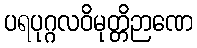
ပရပုဂ္ဂလဝိမုတ္တိဉာဏေ